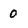
Character: 0